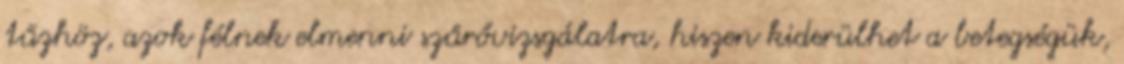
tűzhöz, azok félnek elmenni szűrővizsgálatra, hiszen kiderülhet a betegségük,